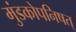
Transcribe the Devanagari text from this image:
मुंडकोपनिषत्